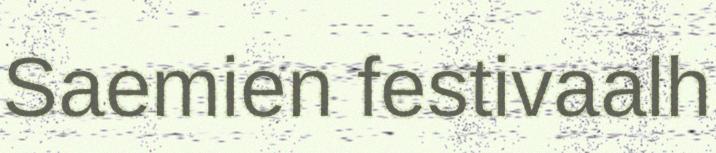
Saemien festivaalh